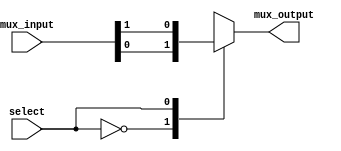
module multiplexer_2_1(
    input [1:0] mux_input,
    input select,
    output reg mux_output
    //always blounun iinde mux_output'a atama yapld iin
    //mux_output reg yaplmaldr
);

always @(select,mux_input) begin
    case (select)
        0 : mux_output = mux_input[0];
        1 : mux_output = mux_input[1];
    endcase
end

endmodule